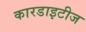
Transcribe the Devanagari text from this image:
कारडाइटीज